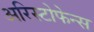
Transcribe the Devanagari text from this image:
अरिस्टोफेन्स